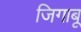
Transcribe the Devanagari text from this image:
जिगाबू